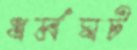
ধর্মঘট